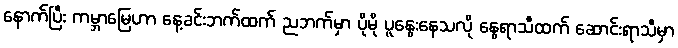
နောက်ပြီး ကမ္ဘာမြေဟာ နေ့ခင်းဘက်ထက် ညဘက်မှာ ပိုမို ပူနွေးနေသလို နွေရာသီထက် ဆောင်းရာသီမှာ